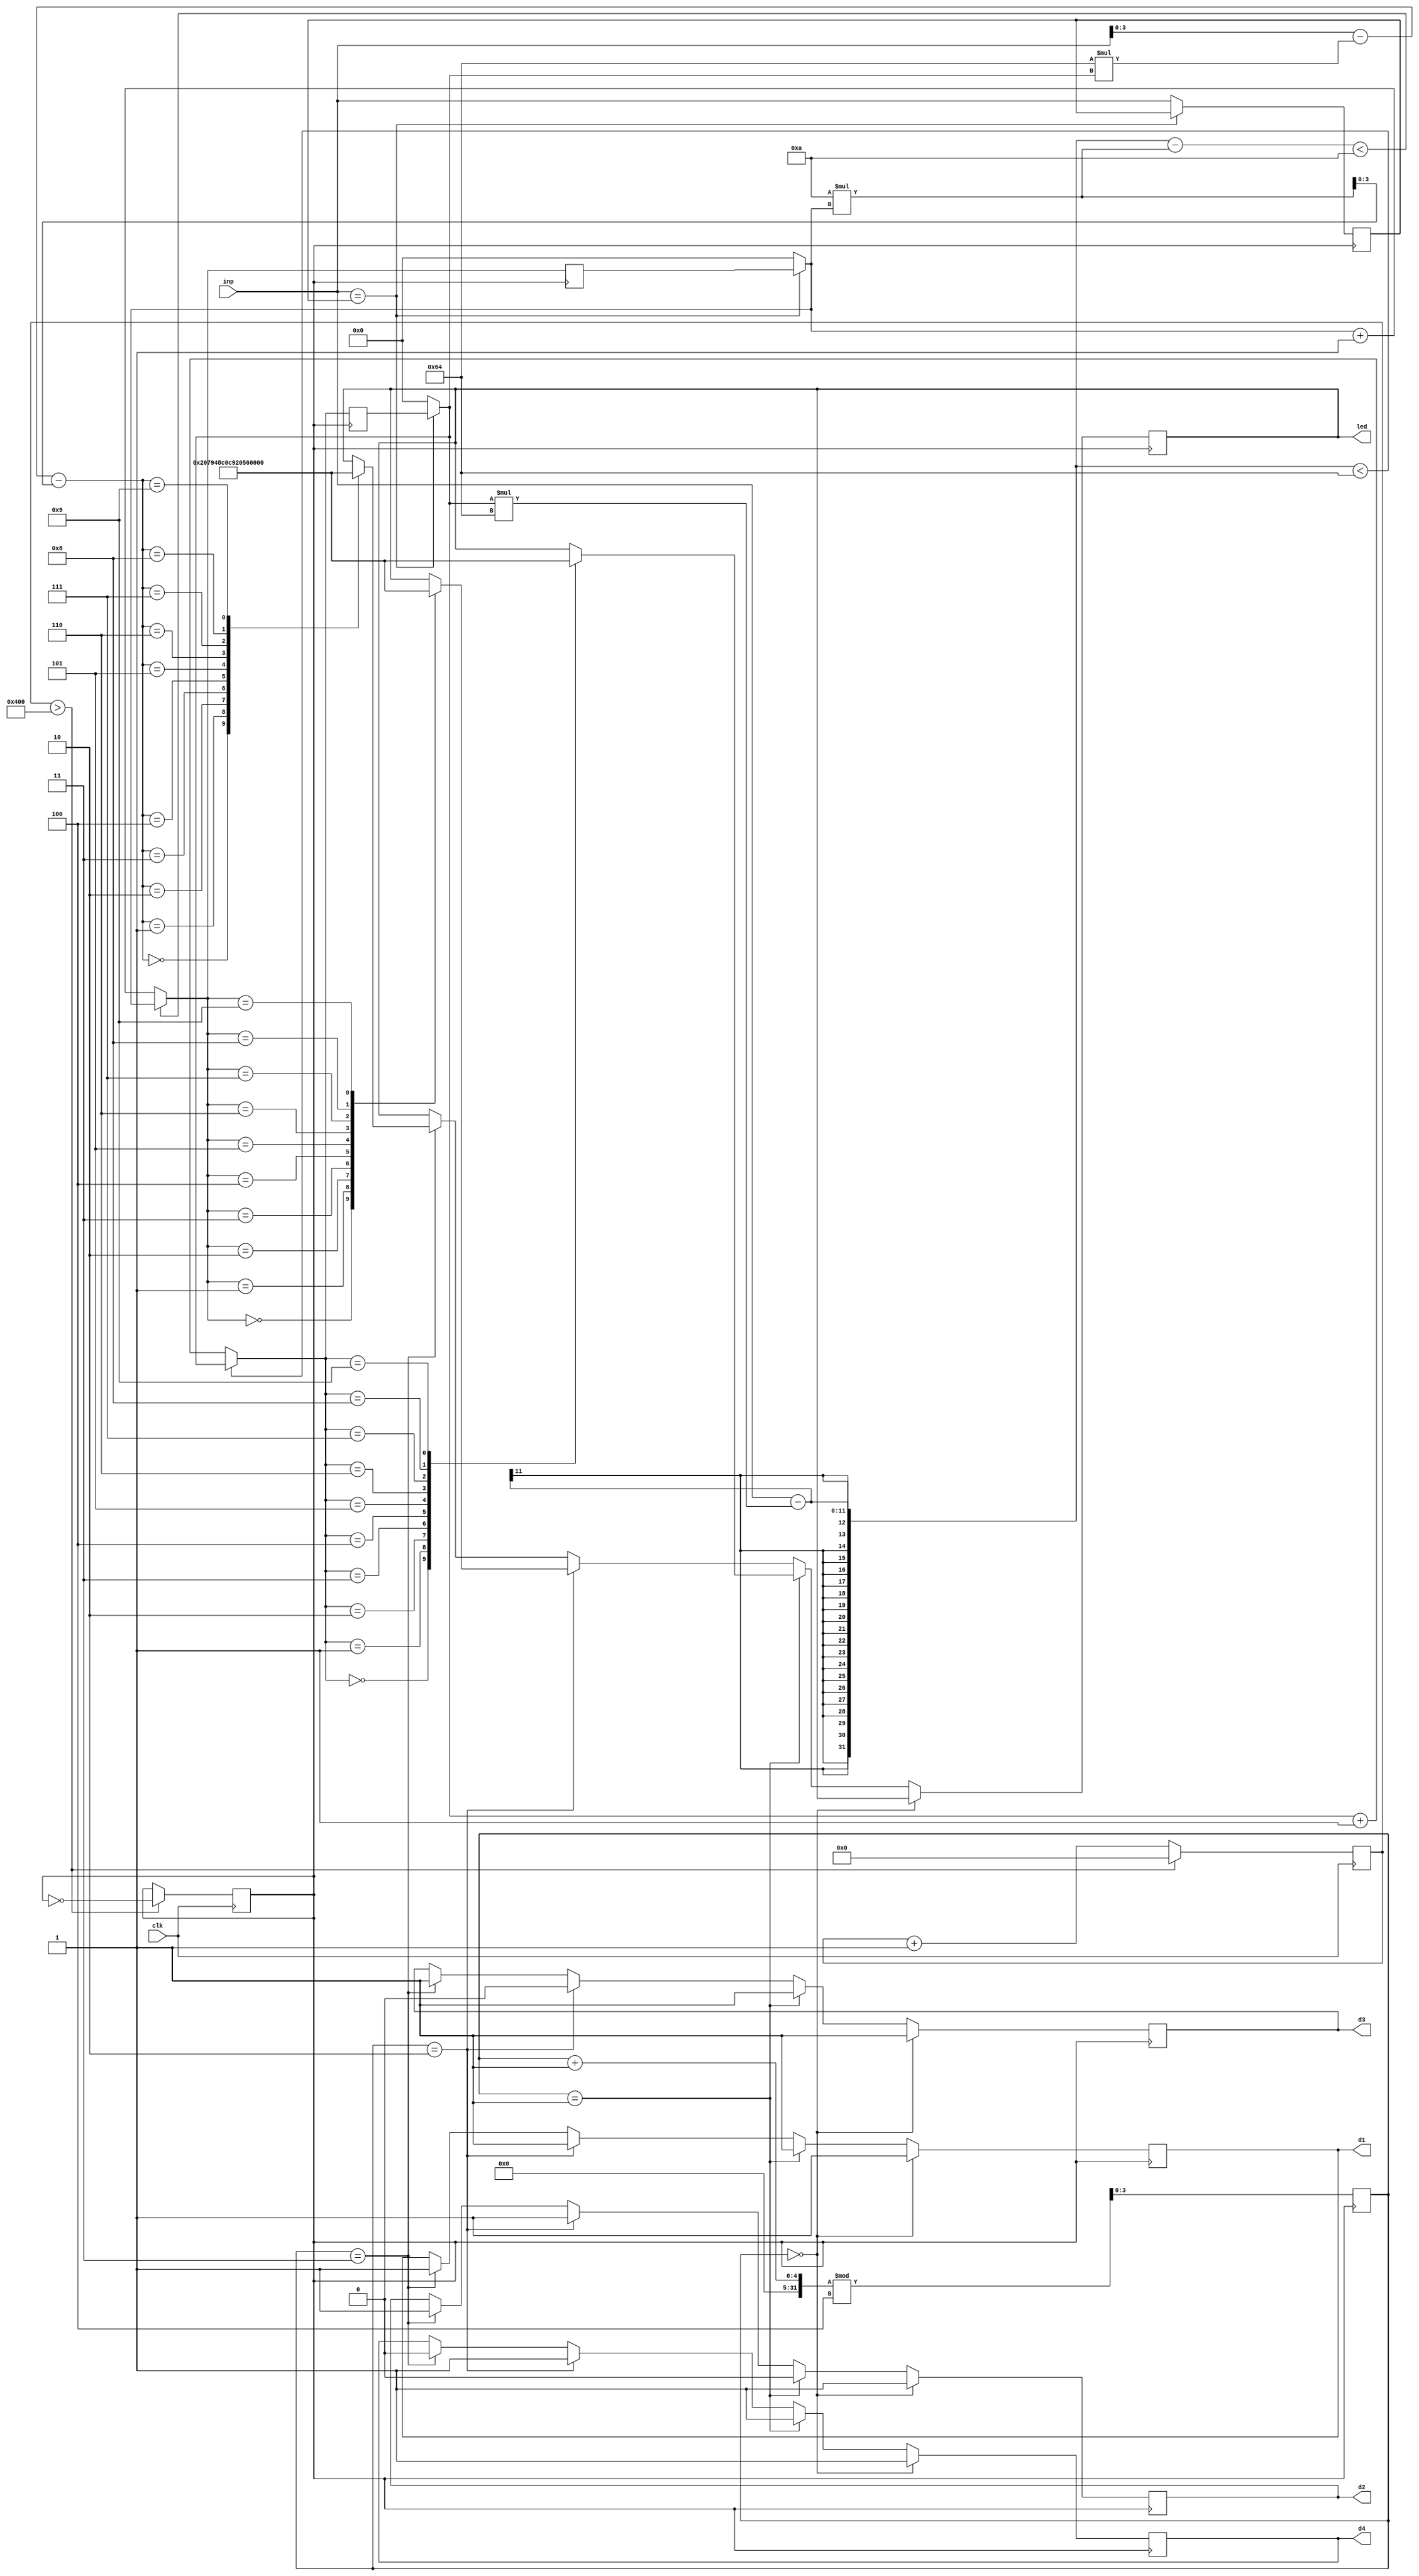
module display (input [7:0] inp,
		input clk,
		output reg [6:0] led,
		output reg d1, d2, d3, d4);

reg clk2;
reg [15:0] counter;					//To help synthesis clk2
reg [3:0] count, i, j, k, digit2, digit3, digit4;	//To help display in seven segment
reg [7:0] c1, c2;

always @(posedge clk)					//Frequency divider
begin
	if (counter>16'd1024)	begin
		counter <= 0;
		clk2 <= ~clk2;
	end
	else	begin
		counter <= counter+1;
	end
end


always @(posedge clk2)					//Displaying in the seven segment
	begin
		i = digit2;
		j = digit3;
		k = digit4;
		c1 = inp;
		if(!(c1==c2)) begin
			c2 = c1;
			i = 0; j = 0; k = 0;
			digit2 = 0; digit4 = 0; digit3 = 0;
		end

		if (!((inp - i*100) < 100)) begin
			digit2 = digit2 + 1;
		end
		if(!((inp - i*100- 10*j) < 10)) begin
			digit3 = digit3 + 1;
		end
			digit4 = inp - 100*i - 10*j;
		
		if (count==0)	begin
			d1 <= 1; d2 <= 1; d3 <= 1; d4 <= 1;
		end
		else if (count==1)   begin
			case (digit2)
				4'd0 : led <= 7'b1000000;
				4'd1 : led <= 7'b1111001;
				4'd2 : led <= 7'b0100100;
				4'd3 : led <= 7'b0110000;
				4'd4 : led <= 7'b0011001;
				4'd5 : led <= 7'b0010010;
				4'd6 : led <= 7'b0000010;
				4'd7 : led <= 7'b1011000;
				4'd8 : led <= 7'b0000000;
				4'd9 : led <= 7'b0010000;
			endcase
			d1 <= 1; d2 <= 0; d3 <= 1; d4 <= 1;
		end
		else if (count==2)   begin
			case (digit3)
				4'd0 : led <= 7'b1000000;
				4'd1 : led <= 7'b1111001;
				4'd2 : led <= 7'b0100100;
				4'd3 : led <= 7'b0110000;
				4'd4 : led <= 7'b0011001;
				4'd5 : led <= 7'b0010010;
				4'd6 : led <= 7'b0000010;
				4'd7 : led <= 7'b1011000;
				4'd8 : led <= 7'b0000000;
				4'd9 : led <= 7'b0010000;
			endcase
	 		d1 <= 1; d2 <= 1; d3 <= 0; d4 <= 1;
	 	end
		else if (count==3)   begin
			case (digit4)
				4'd0 : led <= 7'b1000000;
				4'd1 : led <= 7'b1111001;
				4'd2 : led <= 7'b0100100;
				4'd3 : led <= 7'b0110000;
				4'd4 : led <= 7'b0011001;
				4'd5 : led <= 7'b0010010;
				4'd6 : led <= 7'b0000010;
				4'd7 : led <= 7'b1011000;
				4'd8 : led <= 7'b0000000;
				4'd9 : led <= 7'b0010000;
			endcase
	 		d1 <= 1; d2 <= 1; d3 <= 1; d4 <= 0;
	 	end
	count = (count+1)%4;

end
endmodule